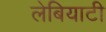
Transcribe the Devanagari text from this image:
लेबियाटी